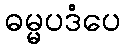
ဓမ္မပဒံပေ